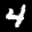
Label: 4